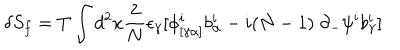
\delta S _ { f } = T \int d ^ { 2 } x { \frac { 2 } { N } } \epsilon _ { \gamma } [ \phi _ { [ \gamma \alpha ] } ^ { i } b _ { \alpha } ^ { i } - i ( N - 1 ) \; \partial _ { - } \psi ^ { i } b _ { \gamma } ^ { i } ]